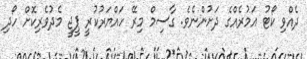
ދެއްވި ކޯޓު އަމުރެއްގެ ދަށުންނެވެ. ގާސިމް މިރޭ ހައްޔަރުކުރީ ޕީޖީ މެދުވެރިކޮށް ހޯދި